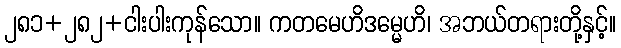
၂၈၁+၂၈၂+ငါးပါးကုန်သော။ ကတမေဟိဒမ္မေဟိ၊ အဘယ်တရားတို့နှင့်။